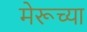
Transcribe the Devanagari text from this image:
मेरूच्या